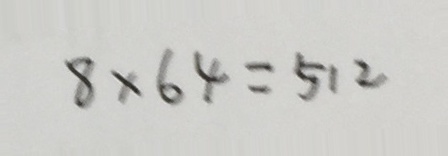
8 \times 6 4 = 5 1 2